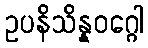
ဥပနိသိန္နဝဂ္ဂေါ